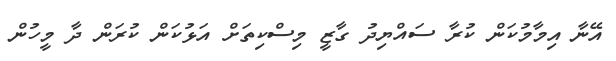
އޭނާ އިމާމުކަން ކުރާ ސައްޔިދު ގާޒީ މިސްކިތަށް އަޅުކަން ކުރަން ދާ މީހުން